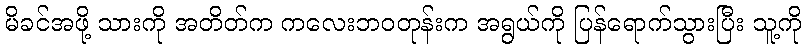
မိခင်အဖို့ သားကို အတိတ်က ကလေးဘဝတုန်းက အရွယ်ကို ပြန်ရောက်သွားပြီး သူ့ကို